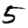
Digit: 5